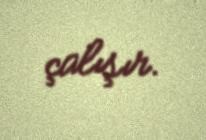
çalışır.